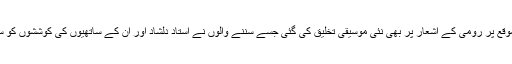
اس موقع پر رومی کے اشعار پر بھی نئی موسیقی تخلیق کی گئی جسے سننے والوں نے استاد دلشاد اور ان کے ساتھیوں کی کوششوں کو سراہا۔